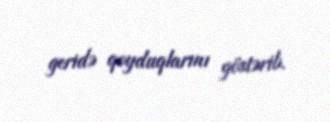
geridə qoyduqlarını göstərib.